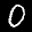
Label: 0